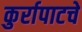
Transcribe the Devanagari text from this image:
कुर्रापाटचे